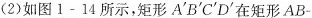
(2)如图1-14所示，矩形A^{\prime}B^{\prime}C^{\prime}D^{\prime}在矩形AB